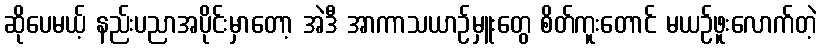
ဆိုပေမယ့် နည်းပညာအပိုင်းမှာတော့ အဲဒီ အာကာသယာဉ်မှူးတွေ စိတ်ကူးတောင် မယဉ်ဖူးလောက်တဲ့